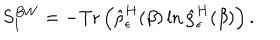
LaTeX: S _ { 1 } ^ { B W } = - \mathrm { T r } \left( \hat { \rho } _ { \epsilon } ^ { H } ( \beta ) \ln \hat { \rho } _ { \epsilon } ^ { H } ( \beta ) \right) .